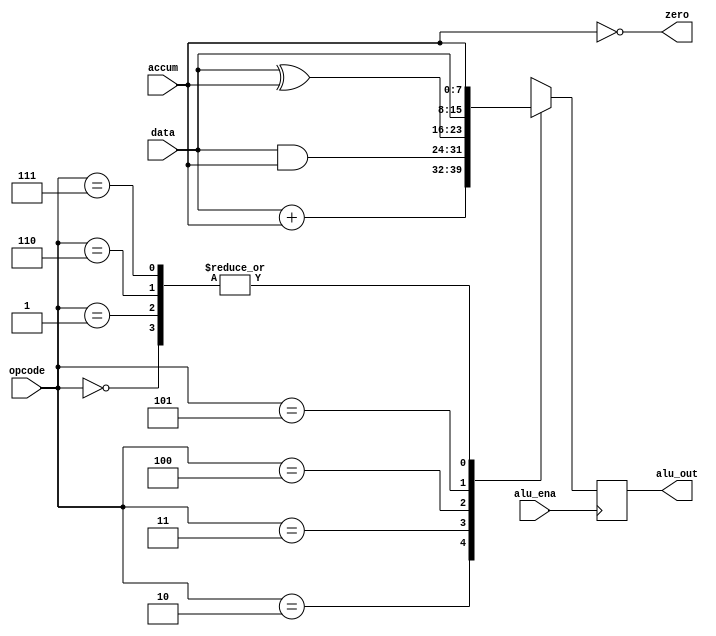
module alu (alu_out, zero, data, accum, alu_ena, opcode);
output reg	[7:0]	alu_out;
output 				zero;
input		[7:0]	data, accum;
input		[2:0]	opcode;
input 				alu_ena;
parameter 			HLT  = 3'b000,
					SKZ  = 3'b001,
					ADD  = 3'b010,
					ANDD = 3'b011,
					XORR = 3'b100,
					LDA  = 3'b101,
					STO  = 3'b110,
					JMP  = 3'b111;
assign zero = !accum;
always @(posedge  alu_ena)
	begin				//opc_iaddr<15 0> 3
		casex (opcode)	
			HLT:		alu_out <= accum;
			SKZ:		alu_out <= accum;
			ADD:		alu_out <= data + accum;
			ANDD:		alu_out <= data & accum;
			XORR:		alu_out <= data ^ accum;
			LDA:		alu_out <= data;
			STO:		alu_out <= accum;
			JMP:		alu_out <= accum;
			default: 	alu_out <= 8'bxxxx_xxxx;
		endcase
	end
endmodule